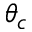
\theta _ { c }